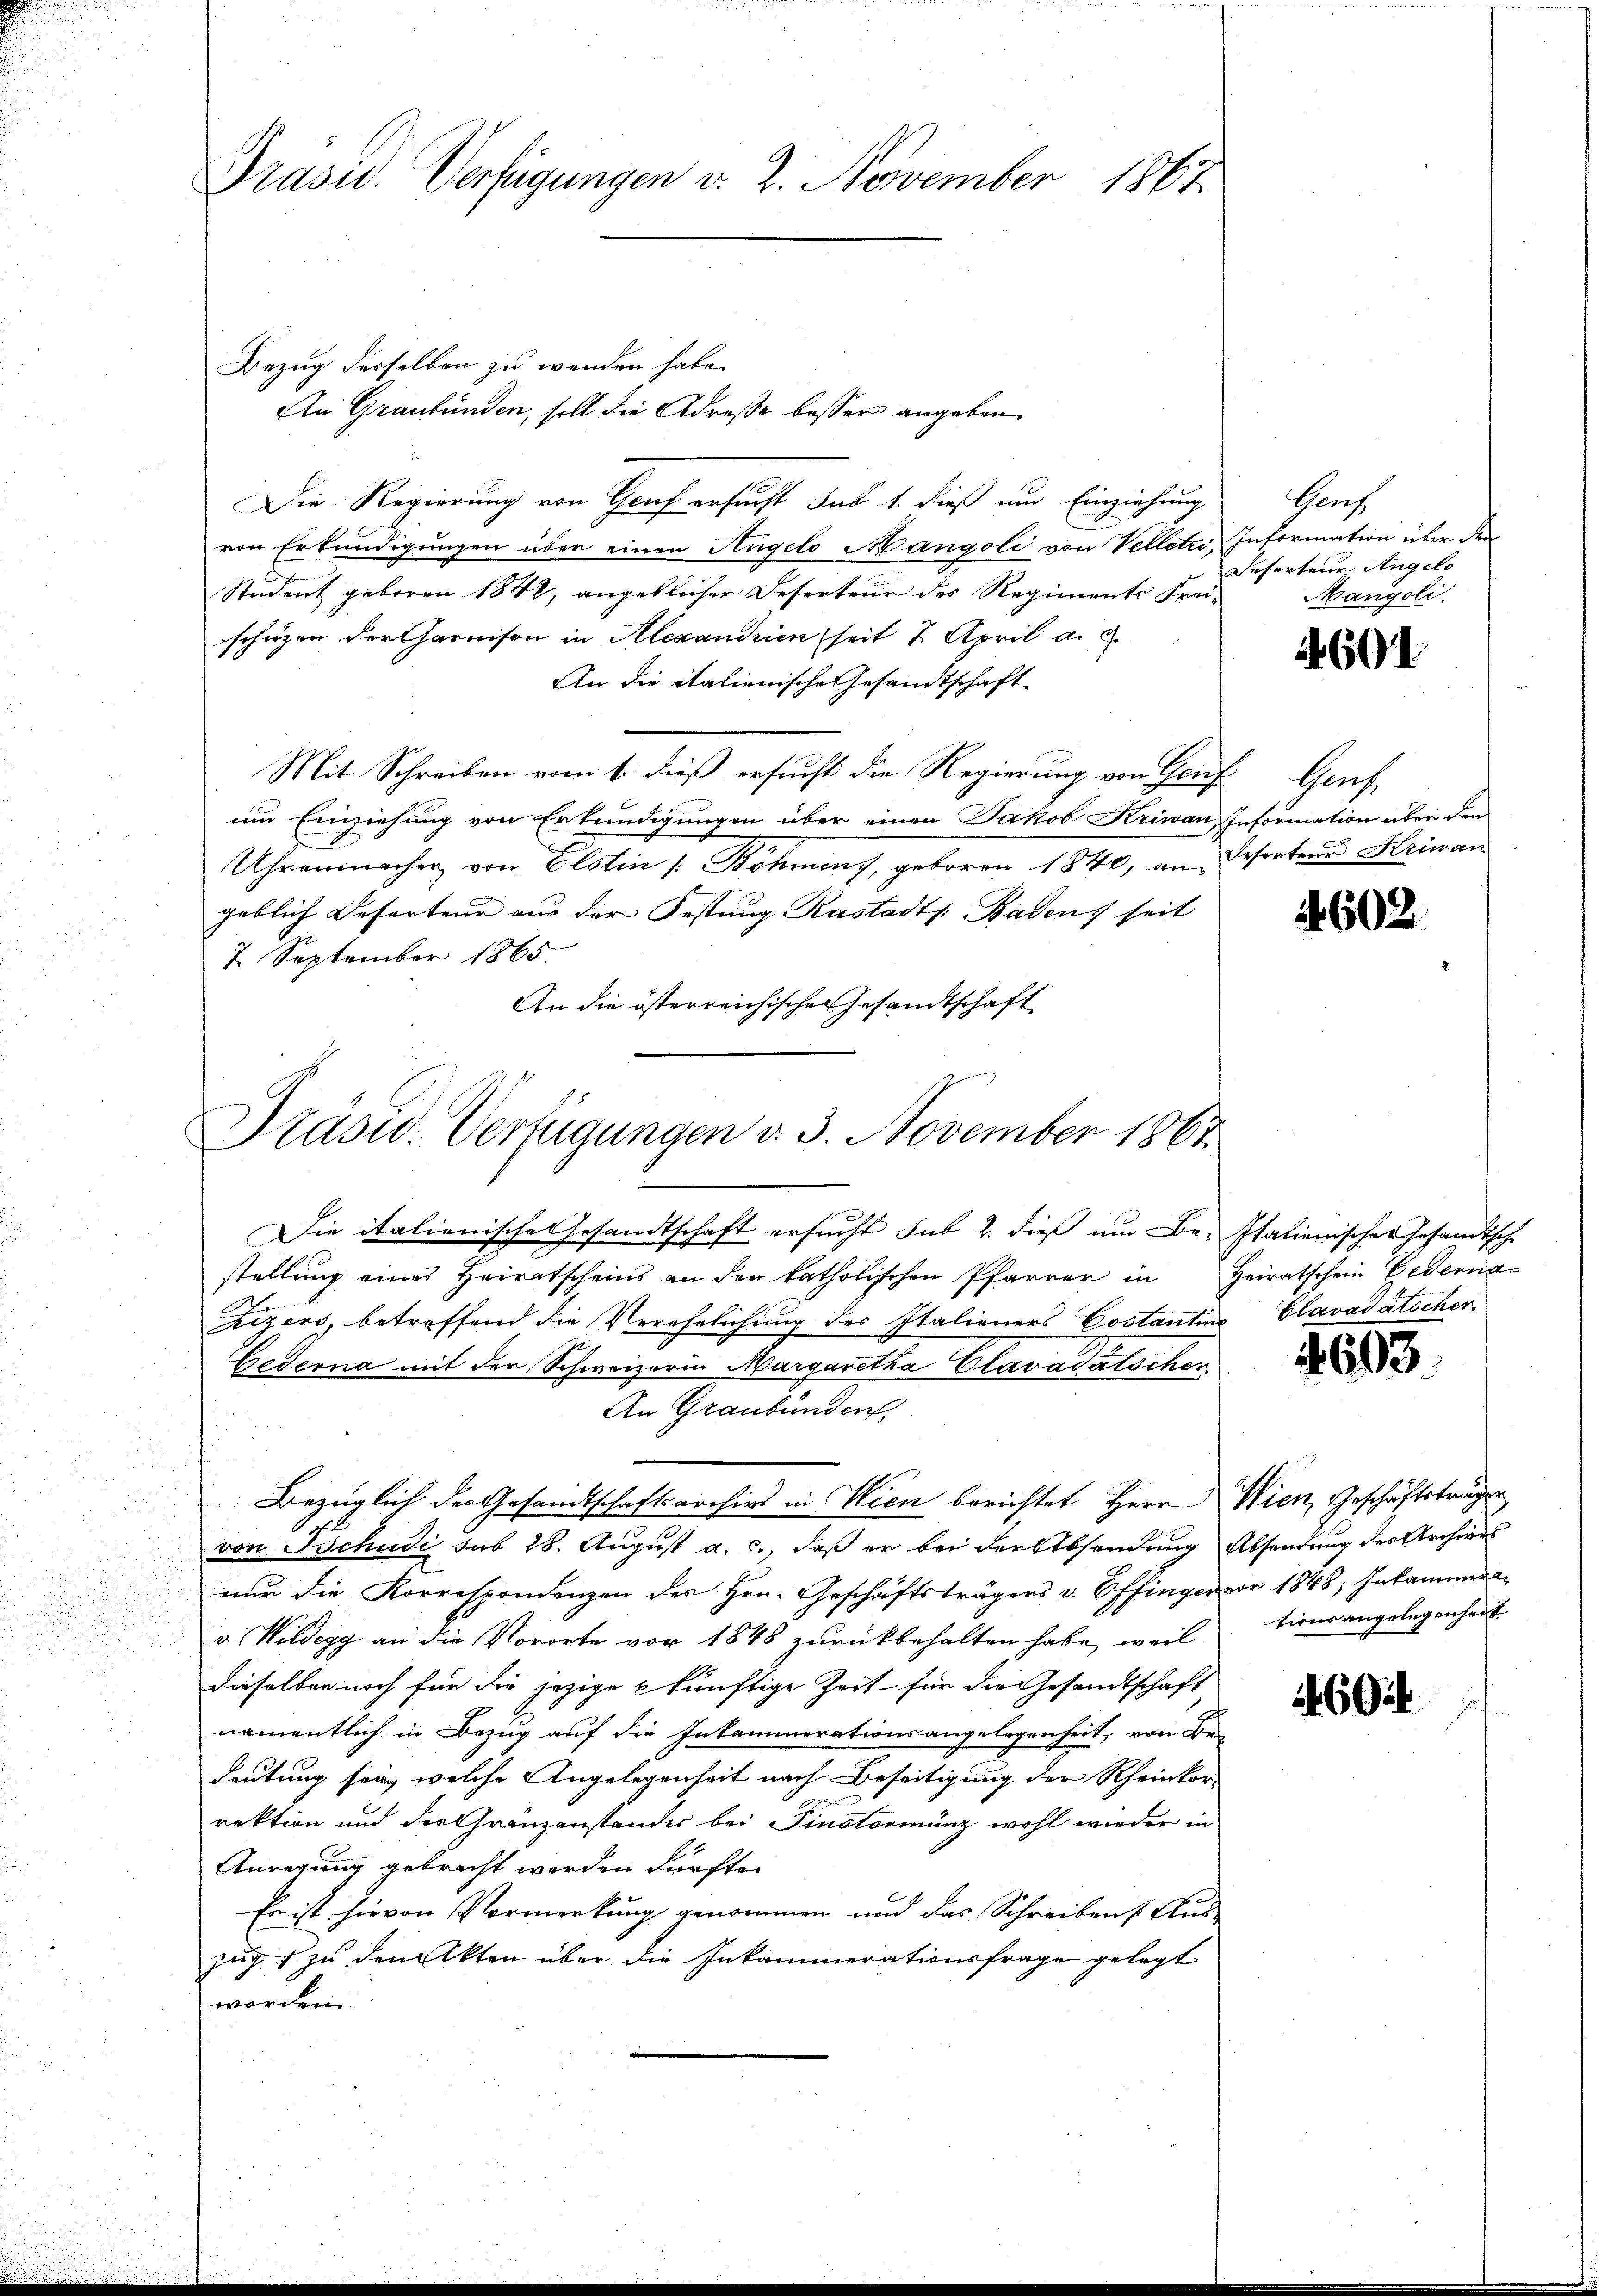
Präsid. Verfügungen d. 2. November 1867

Bezug desselben zu wenden habe.
An Graubünden, soll die Adresse besser angeben,
Die Regierung von Graf ersucht sub 1. dieß um Einziehung
von Erkundigungen über einen Angelo Mangoli von Velletri, Information über den
Student geboren 1842, angeblicher Deserteur des Regiments Frei-
schüzen der Garnison in Alexandrien (seit 2 April a. c.
An die italienische Gesandtschaft
Mit Schreiben vom 1. dieß ersucht die Regierung von Genf
um Einziehung von Erkundigungen über einen Jakob Kriwan, Information über den
Uhrenmacher von Elstin /: Böhmen), geboren 1840, an Deserten Kriwan
geblich Deserteur aus der Festung Rastadts. Baden, seit
7 September 1865.
An die österreichische Gesandtschaft

Präsid. Verfügungen d. 3. November 1861

Die italienisches Gesandtschaft ersucht sub 2. dieß um Be- Italienischer Gesandtsche
stellung eines Heiratscheins an den katholischen Pfarrer in Heiratschein Cederna
zizers, betreffend die Verehelichung des Italieners Costantin
Gederna mit der Schweizerin Margaretha Clavadatschen
An Graubünden.
Bezüglich der Gesandtschaftsarchivs in Wien berichtet Herr Wien, Geschäftsträgen
von Tschudi sub 28. August a. c., daß er bei der Absendung Absendung des Archives
nur die Korrespondenzen des Hrn. Geschäftsträgers v. Offinger vor 1848; Inkammer
v. Wildegg an die Vororte vor 1848 zurückbehalten habe, weil
dieselben noch für die jezige künftige Zeit für die Gesandtschaft
namentlich in Bezug auf die Inkammerationsangelegenheit, von Be-
deutung sein welche Angelegenheit nach Beseitigung der Rheinkor-
rektion und des Gränzanstandes bei Finsterminz wohl wieder in
Anregung gebracht werden dürfte.
Es ist hievon Vormerkung genommen und das Schreibens Aus-
zug zu den Akten über die Inkammerationsfrage gelegt
worden

Gros
Desertene Angelo
Mangoli

4601

Hans

602.

Clavadätscher

4693

tionsangelegenheit

46044